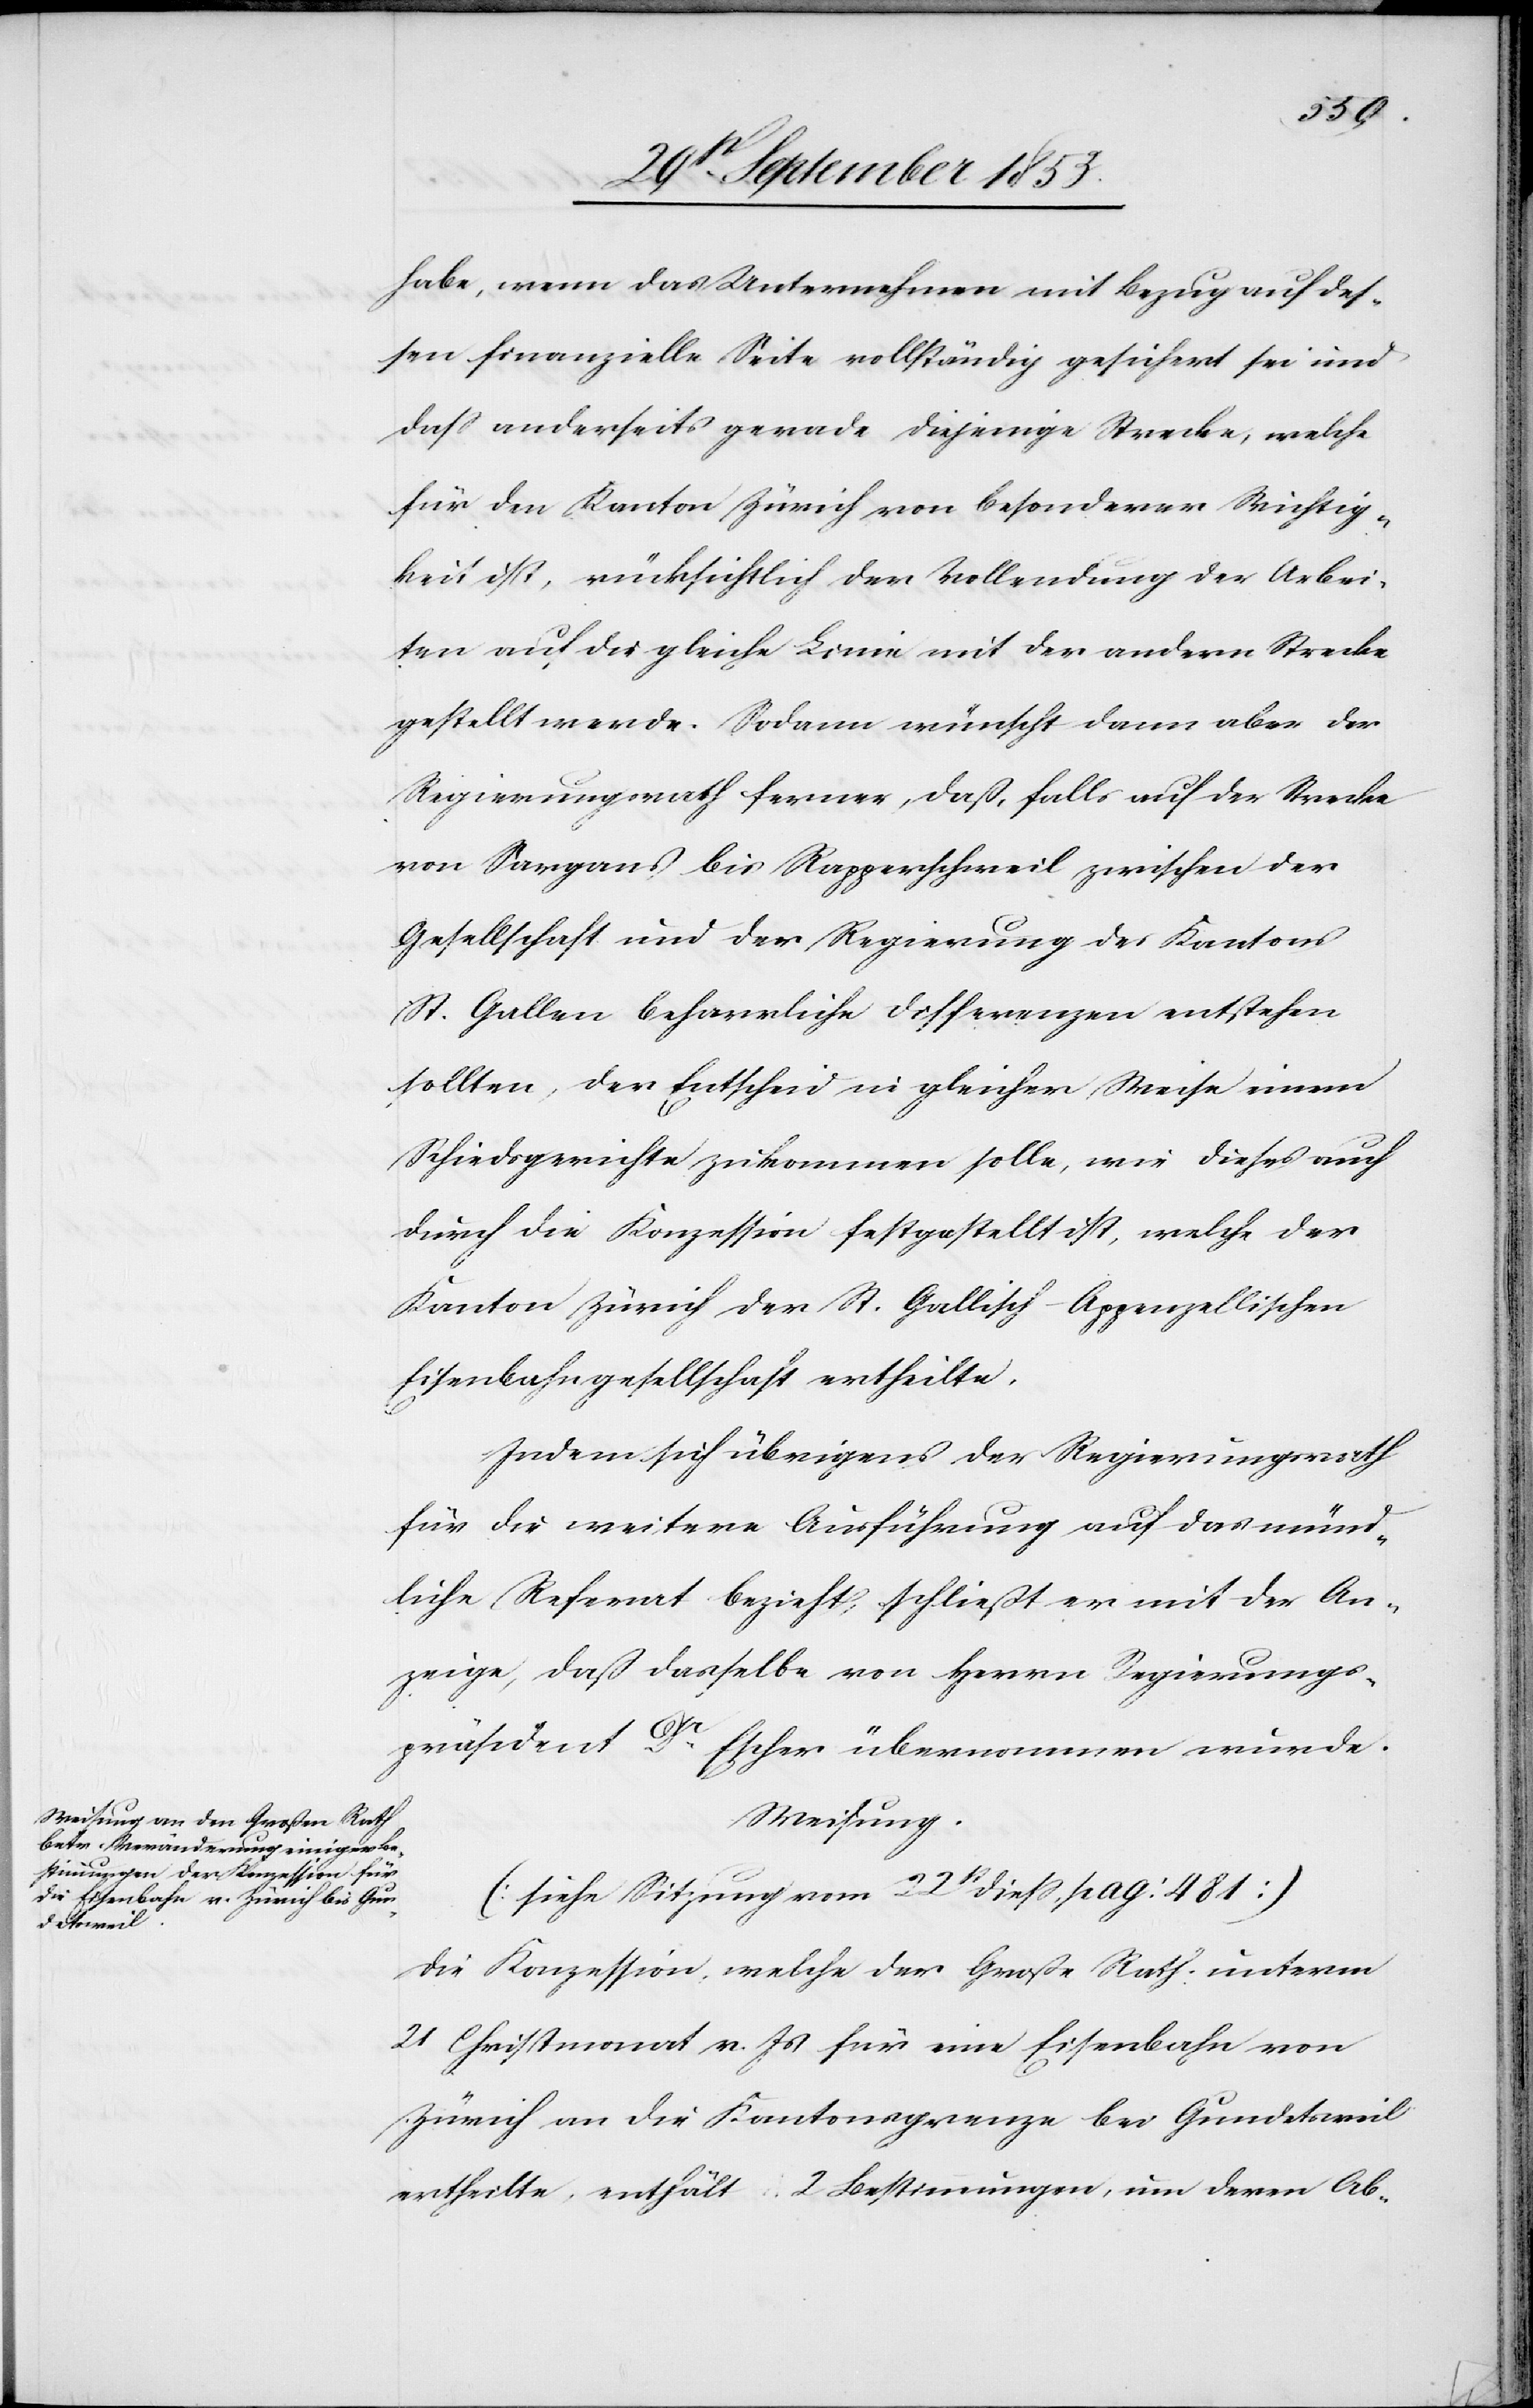
habe, wenn das Unternehmen mit Bezug auf des¬
sen finanzielle Seite vollständig gesichert sei und
daß anderseits gerade diejenige Strecke, welche
für den Kanton Zürich von besonderer Wichtig¬
keit ist, rücksichtlich der Vollendung der Arbei¬
ten auf die gleiche Linie mit der andern Strecke
gestellt wurde. Sodann wünscht dann aber der
Regierungsrath ferner, daß, falls auf der Strecke
von Sargans bis Rapperschweil zwischen der
Gesellschaft und der Regierung des Kantons
St. Gallen beharrliche Differenzen entstehen
sollten, der Entscheid in gleicher Weise einem
Schiedsgerichte zukommen solle, wie dieses auch
durch die Konzession festgestellt ist, welche der
Kanton Zürich der St. Gallisch-Appenzellischen
Eisenbahngesellschaft ertheilte.
Indem sich übrigens der Regierungsrath
für die weitere Ausführung auf das münd¬
liche Referat bezieht, schließt er mit der An¬
zeige, daß dasselbe von Herrn Regierungs¬
präsident Dr Escher übernommen wurde.
Weisung.
[siehe Sitzung vom 22t dieß pag: 481]
Die Konzession, welche der Große Rath unterm
21 Christmonat v. Js. für eine Eisenbahn von
Zürich an die Kantonsgrenze bei Gundetsweil
ertheilte, enthält 2 Bestimmungen, um deren Ab-